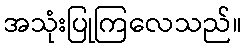
အသုံးပြုကြလေသည်။